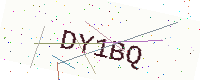
Text: DY1BQ